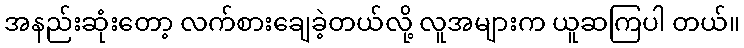
အနည်းဆုံးတော့ လက်စားချေခဲ့တယ်လို့ လူအများက ယူဆကြပါ တယ်။